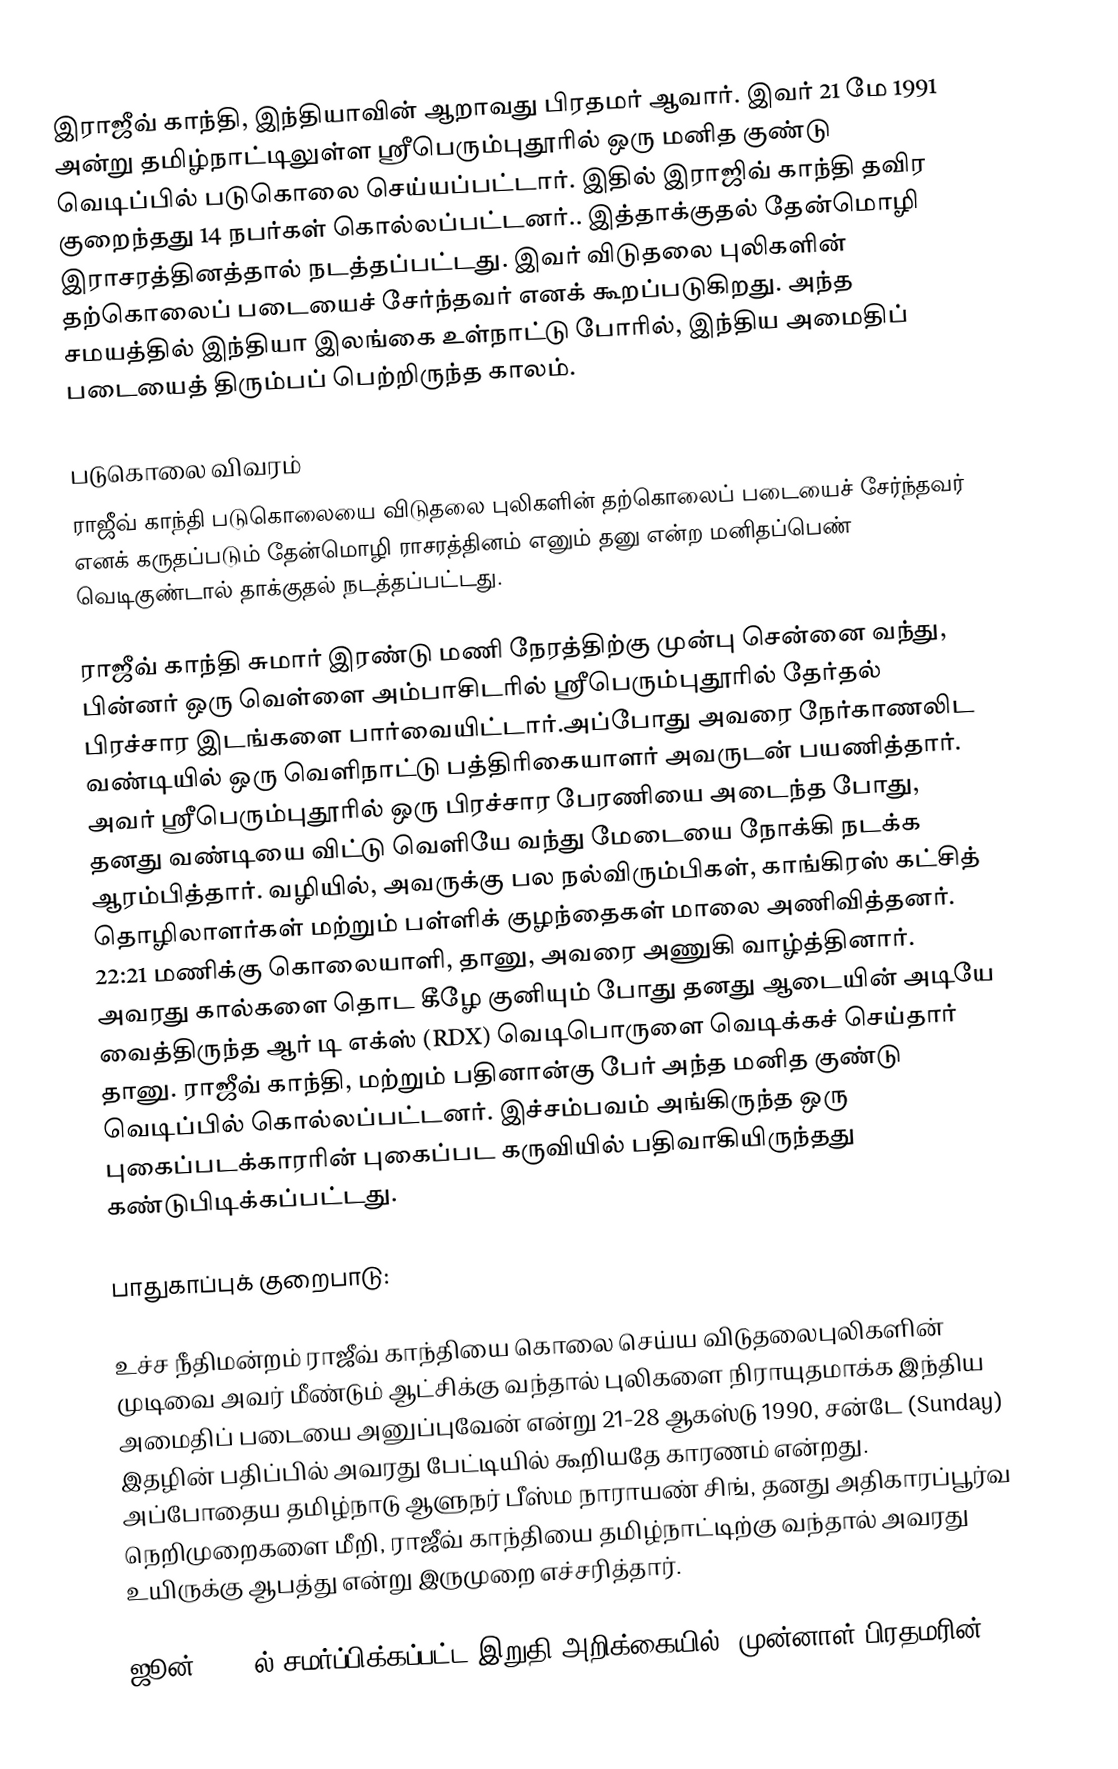
இராஜீவ் காந்தி, இந்தியாவின் ஆறாவது பிரதமர் ஆவார். இவர் 21 மே 1991 அன்று தமிழ்நாட்டிலுள்ள ஸ்ரீபெரும்புதூரில் ஒரு மனித குண்டு வெடிப்பில் படுகொலை செய்யப்பட்டார். இதில் இராஜிவ் காந்தி தவிர குறைந்தது 14 நபர்கள் கொல்லப்பட்டனர்.. இத்தாக்குதல் தேன்மொழி இராசரத்தினத்தால் நடத்தப்பட்டது. இவர் விடுதலை புலிகளின்  தற்கொலைப் படையைச் சேர்ந்தவர் எனக் கூறப்படுகிறது. அந்த சமயத்தில் இந்தியா இலங்கை உள்நாட்டு போரில், இந்திய அமைதிப் படையைத் திரும்பப் பெற்றிருந்த காலம்.

படுகொலை விவரம்
ராஜீவ் காந்தி படுகொலையை விடுதலை புலிகளின் தற்கொலைப் படையைச் சேர்ந்தவர் எனக் கருதப்படும் தேன்மொழி ராசரத்தினம் எனும் தனு என்ற மனிதப்பெண் வெடிகுண்டால் தாக்குதல் நடத்தப்பட்டது.

ராஜீவ் காந்தி சுமார் இரண்டு மணி நேரத்திற்கு முன்பு சென்னை வந்து, பின்னர் ஒரு வெள்ளை அம்பாசிடரில் ஸ்ரீபெரும்புதூரில் தேர்தல் பிரச்சார இடங்களை பார்வையிட்டார்.அப்போது அவரை நேர்காணலிட வண்டியில் ஒரு வெளிநாட்டு பத்திரிகையாளர் அவருடன் பயணித்தார். அவர் ஸ்ரீபெரும்புதூரில் ஒரு பிரச்சார பேரணியை அடைந்த போது, தனது வண்டியை விட்டு வெளியே வந்து மேடையை நோக்கி நடக்க ஆரம்பித்தார். வழியில், அவருக்கு பல நல்விரும்பிகள், காங்கிரஸ் கட்சித் தொழிலாளர்கள் மற்றும் பள்ளிக் குழந்தைகள் மாலை அணிவித்தனர். 22:21 மணிக்கு கொலையாளி, தானு, அவரை அணுகி வாழ்த்தினார். அவரது கால்களை தொட கீழே குனியும் போது தனது ஆடையின் அடியே வைத்திருந்த ஆர் டி எக்ஸ் (RDX) வெடிபொருளை வெடிக்கச் செய்தார் தானு. ராஜீவ் காந்தி, மற்றும் பதினான்கு பேர் அந்த மனித குண்டு வெடிப்பில் கொல்லப்பட்டனர். இச்சம்பவம் அங்கிருந்த ஒரு புகைப்படக்காரரின் புகைப்பட கருவியில் பதிவாகியிருந்தது கண்டுபிடிக்கப்பட்டது.

பாதுகாப்புக் குறைபாடு:

உச்ச நீதிமன்றம் ராஜீவ் காந்தியை கொலை செய்ய விடுதலைபுலிகளின் முடிவை அவர் மீண்டும் ஆட்சிக்கு வந்தால் புலிகளை நிராயுதமாக்க இந்திய அமைதிப் படையை அனுப்புவேன் என்று 21-28 ஆகஸ்டு 1990, சன்டே (Sunday) இதழின் பதிப்பில் அவரது பேட்டியில் கூறியதே காரணம் என்றது. அப்போதைய தமிழ்நாடு ஆளுநர் பீஸ்ம நாராயண் சிங், தனது அதிகாரப்பூர்வ நெறிமுறைகளை மீறி, ராஜீவ் காந்தியை தமிழ்நாட்டிற்கு வந்தால் அவரது உயிருக்கு ஆபத்து என்று இருமுறை எச்சரித்தார்.

ஜூன் 1992 ல் சமர்ப்பிக்கப்பட்ட இறுதி அறிக்கையில், முன்னாள் பிரதமரின்